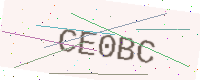
Text: CE0BC